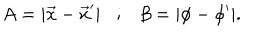
LaTeX: A = | \vec { x } - \vec { x } ^ { \prime } | ; \beta = | \phi - \phi ^ { \prime } | .